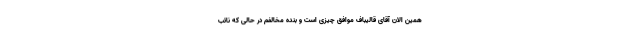
همین الان آقای قالیباف موافق چیزی است و بنده مخالفم در حالی که نائب